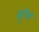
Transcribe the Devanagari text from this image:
बृगेस